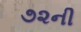
૭૨ની